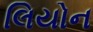
લિયોન